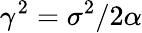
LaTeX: \gamma^{2}=\sigma^{2}/2\alpha